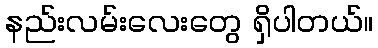
နည်းလမ်းလေးတွေ ရှိပါတယ်။